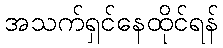
အသက်ရှင်နေထိုင်ရန်